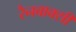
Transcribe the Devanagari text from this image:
रैनबाक्सी